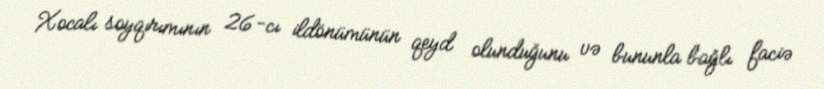
Xocalı soyqırımının 26-cı ildönümünün qeyd olunduğunu və bununla bağlı faciə